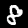
Label: 8